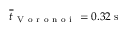
\overline { { t } } _ { \mathrm { ~ V ~ o ~ r ~ o ~ n ~ o ~ i ~ } } = 0 . 3 2 \; \mathrm { s }